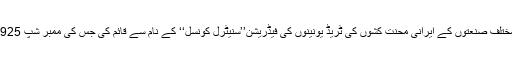
1921-22 میں کمیونسٹ پارٹی نے مختلف صنعتوں کے ایرانی محنت کشوں کی ٹریڈ یونینوں کی فیڈریشن’’سنیٹرل کونسل‘‘ کے نام سے قائم کی جس کی ممبر شپ 1925تک تیس ہزار سے زائد ہو چکی تھی۔